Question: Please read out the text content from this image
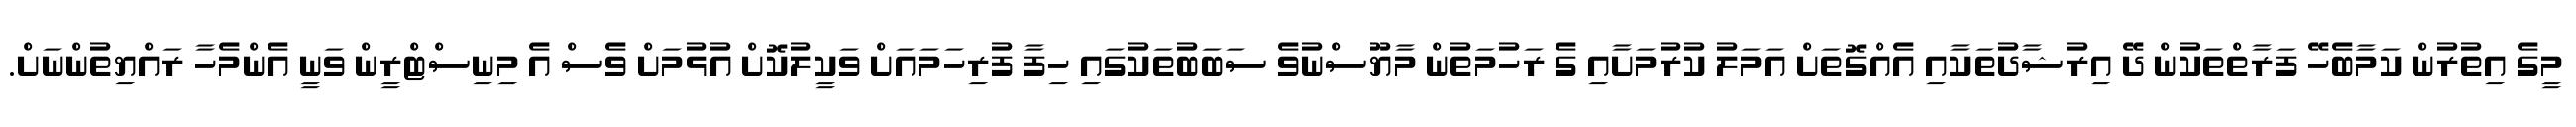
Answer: މީގެ އިތުރުން ކަމާބެހޭ ފަރާތްތަކުން ދޭ އިރުޝާދުތަކާއި އެއްގޮތަށް އަމަލު ކުރުމަށާއި ގެ ރަހުމަތުން މާޔޫސްނުވެ ސަބަބުތަކުގައި ހިފާ ފުރިހަމައަށް ވަކީލުކޮށް އުޅުމަށް ވެސް އެ މިނިސްޓްރީން ވަނީ އެންމެހާ ރައްޔިތުންނަށް.